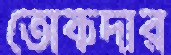
তোকদার